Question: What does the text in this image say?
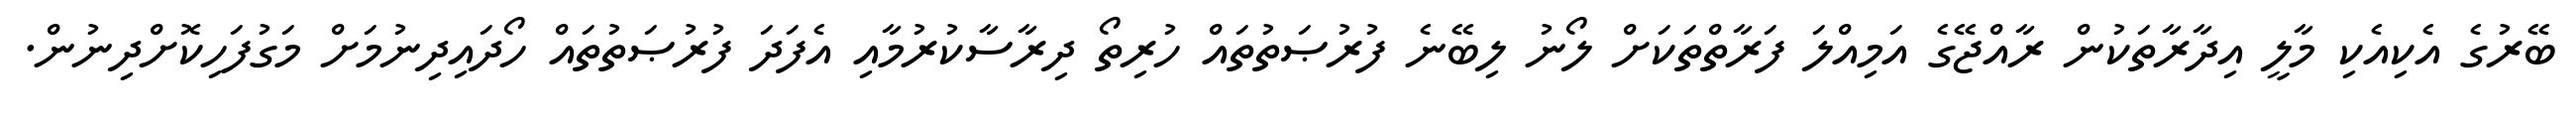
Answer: ބޭރުގެ އެކިއެކި މާލީ އިދާރާތަކުން ރާއްޖޭގެ އަމިއްލަ ފަރާތްތަކަށް ލޯނު ލިބޭނެ ފުރުޞަތުތައް ހުރިތޯ ދިރާސާކުރުމާއި އެފަދަ ފުރުޞަތުތައް ހޯދައިދިނުމަށް މަގުފަހިކޮށްދިނުން.